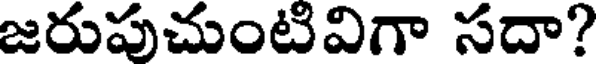
జరుపుచుంటివిగా సదా?